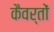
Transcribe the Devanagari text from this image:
कैवर्तों